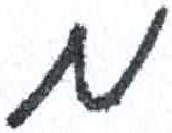
אות: מ